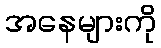
အနေများကို